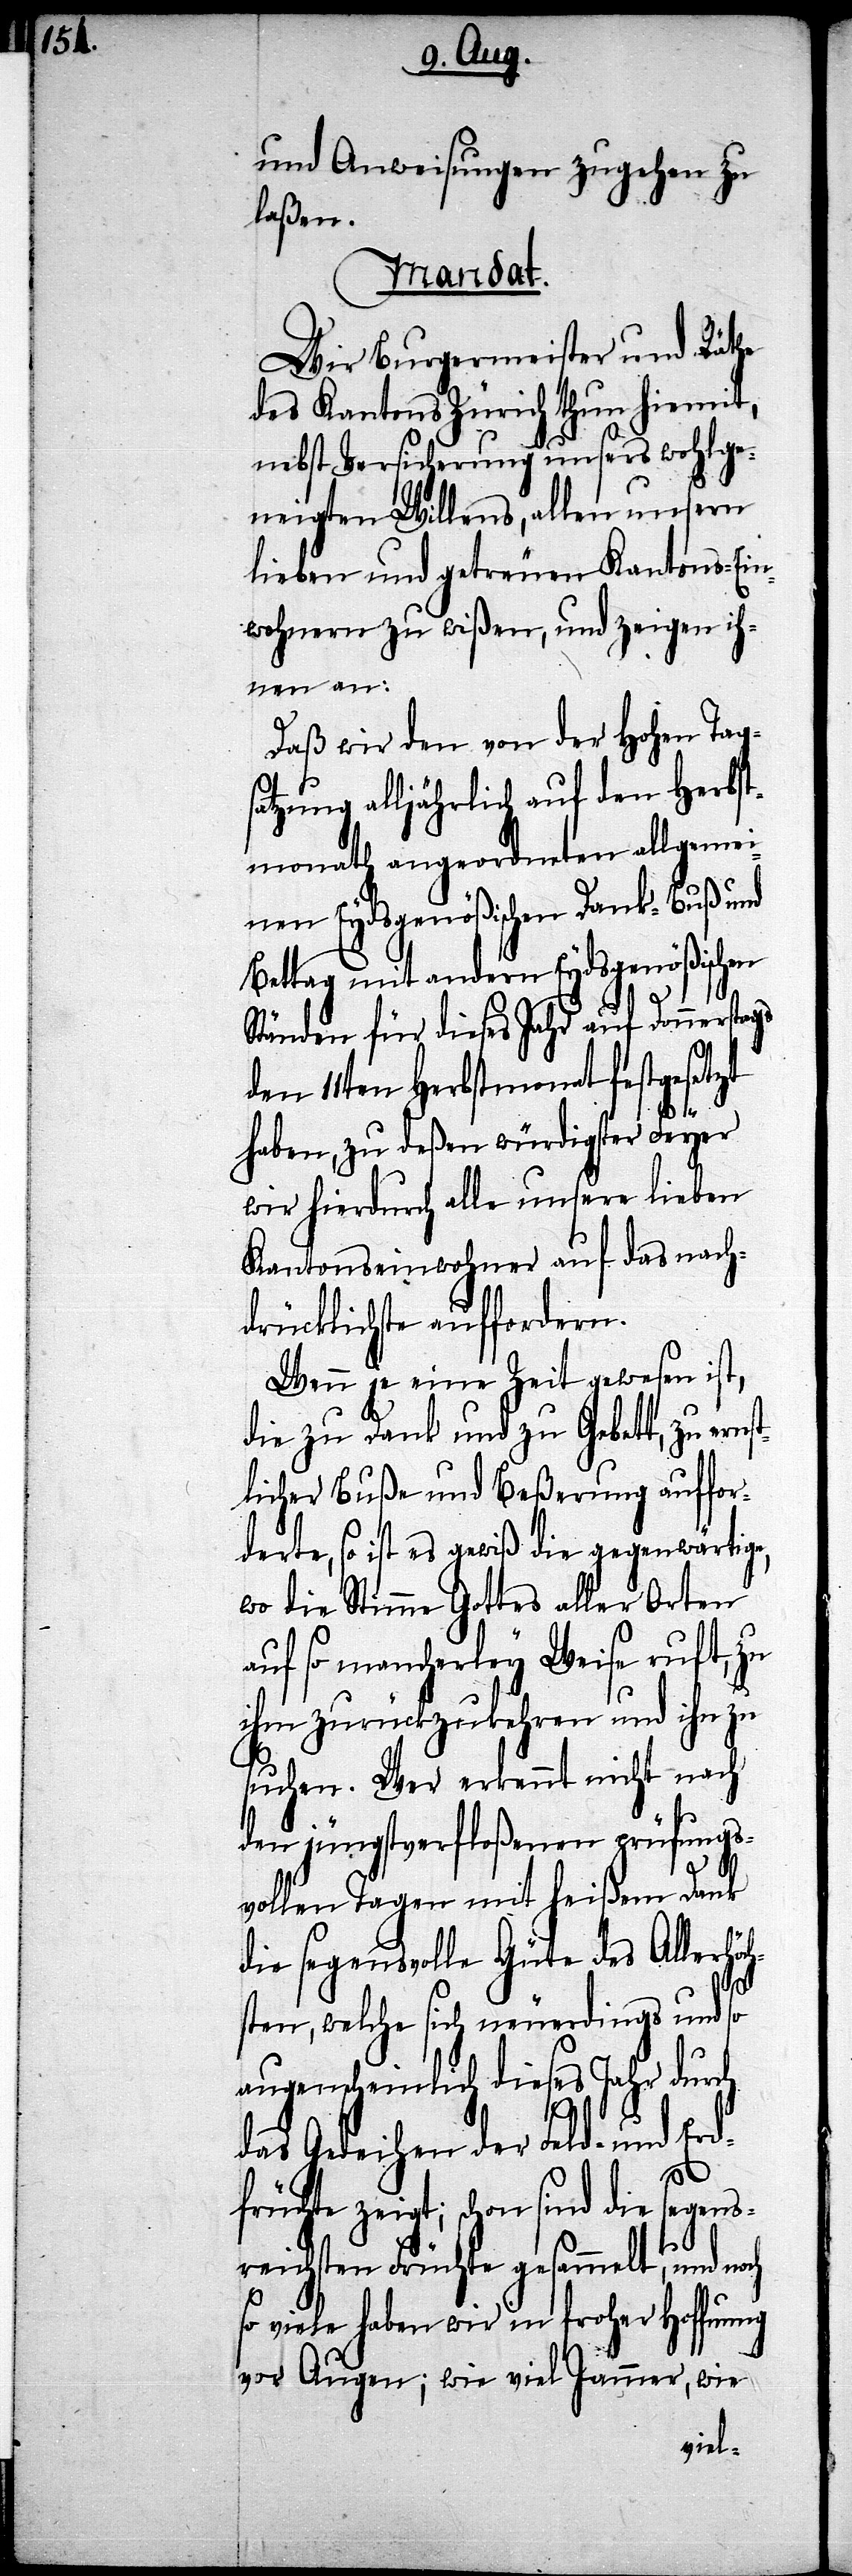
und Anweisungen zugehen zu
laßen.
Mandat.
Wir Burgermeister und Räthe
des Kantons Zürich thun hiemit,
nebst Versicherung unsers wohlge¬
neigten Willens, allen unsern
lieben und getreuen Kantons-Ein¬
wohnern zu wißen, und zeigen ih¬
nen an:
Daß wir den von der hohen Tag¬
satzung alljährlich auf den Herbst¬
monath angeordneten allgemei¬
nen Eydsgenößischen Dank- Buß und
Bettag mit andern Eydsgenößischen
Ständen für dieses Jahr auf Donnerstags
den 11ten Herbstmonat festgesetzt
haben, zu deßen würdigster Feyer
wir hierdurch alle unsere lieben
Kantonseinwohner auf das nach¬
drücklichste auffordern.
Wenn je eine Zeit gewesen ist,
die zu Dank und zu Gebett, zu erns¬
tlicher Buße und Beßerung auffor¬
derte, so ist es gewiß die gegenwärtige,
wo die Stimme Gottes aller Orten
auf so mancherley Weise ruft, zu
ihm zurückzukehren und ihn zu
suchen. Wer erkennt nicht nach
den jüngstverfloßenen prüfungs¬
vollen Tagen mit heißem Dank
die segensvolle Güte des Allerh¬
sten, welche sich neuerdings und so
augenscheinlich dieses Jahr durch
das Gedeihen der Feld- und Erd¬
och
früchte zeigt; schon sind die segens¬
reichsten Früchte gesammelt, und n¬
so viele haben wir in froher Hoffnung
vor Augen; wie viel Jammer, wie